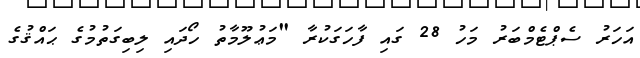
އަހަރު ސެޕްޓެމްބަރު މަހު 28 ގައި ފާހަގަކުރާ "މަޢުލޫމާތު ހޯދައި ލިބިގަތުމުގެ ޙައްޤުގެ